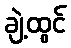
ချဲ့ထွင်